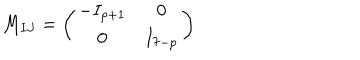
LaTeX: M _ { I J } = \left( \begin{matrix} { { - I _ { p + 1 } } } & { { 0 } } \\ { { 0 } } & { { I _ { 7 - p } } } \\ \end{matrix} \right)